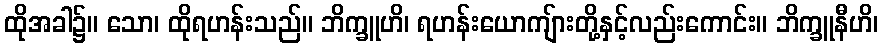
ထိုအခါ၌။ သော၊ ထိုရဟန်းသည်။ ဘိက္ခူဟိ၊ ရဟန်းယောကျ်ားတို့နှင့်လည်းကောင်း။ ဘိက္ခူနီဟိ၊